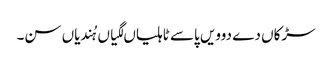
سڑکاں دے دوویں پاسے ٹاہلیاں لگیاں ہُندیاں سن۔